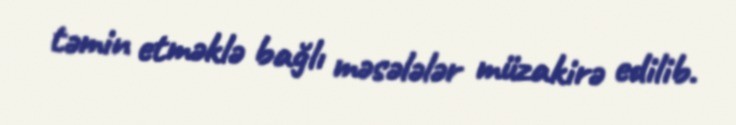
təmin etməklə bağlı məsələlər müzakirə edilib.